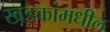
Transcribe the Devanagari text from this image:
खडकांमधील